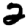
Digit: 2